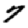
Digit: 7